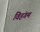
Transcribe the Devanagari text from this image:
विहंगम